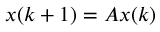
x ( k + 1 ) = A x ( k )